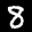
Label: 8